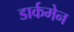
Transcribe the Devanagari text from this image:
डार्कमेन